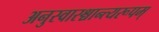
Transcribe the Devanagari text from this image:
अनुस्वारश्चान्त्यरूपम्